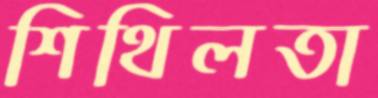
শিথিলতা